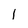
Character: 1